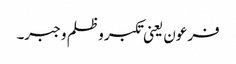
فرعون یعنی تکبر و ظلم و جبر۔